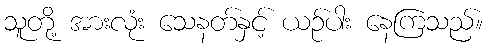
သူတို့ အားလုံး သေနတ်နှင့် ယဉ်ပါး နေကြသည်။